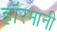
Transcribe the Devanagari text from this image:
हाॅरमानी